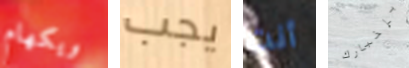
ويكهام يجب أنت بإخبارك